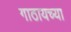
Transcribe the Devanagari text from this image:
गाठायच्या